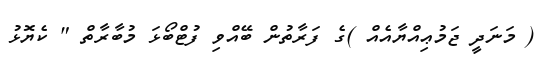
( މަނަދީ ޖަމުޢިއްޔާއެއް )ގެ ފަރާތުން ބޭއްވި ފުޓްބޯޅަ މުބާރާތް " ކެޔޮޅު